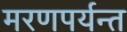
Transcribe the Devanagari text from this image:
मरणपर्यन्त